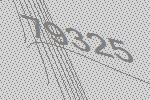
79325